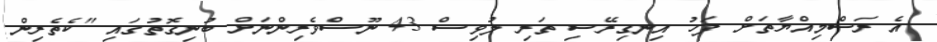
އެ ރަސްމިއްޔާތަށް ފަހު އިނގިރޭސި ތަރި ލުވިސް 43 ނޫސްވެރިންނަށް ބުނިގޮތުގައި "ކެތެރިން